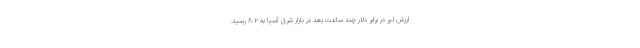
ارزش لیر در برابر دلار چند ساعت بعد در بازار شرق آسیا به ۸.۲ رسید.